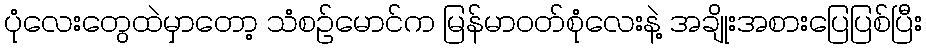
ပုံလေးတွေထဲမှာတော့ သံစဉ်မောင်က မြန်မာဝတ်စုံလေးနဲ့ အချိုးအစားပြေပြစ်ပြီး